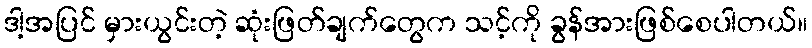
ဒါ့အပြင် မှားယွင်းတဲ့ ဆုံးဖြတ်ချက်တွေက သင့်ကို ခွန်အားဖြစ်စေပါတယ်။